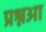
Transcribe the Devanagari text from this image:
प्रश्नआ